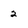
Character: 2